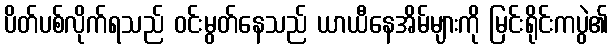
ပိတ်ပစ်လိုက်ရသည် ဝင်းမွတ်နေသည် ယာယီနေအိမ်များကို မြင်းရိုင်းကပွဲ၏